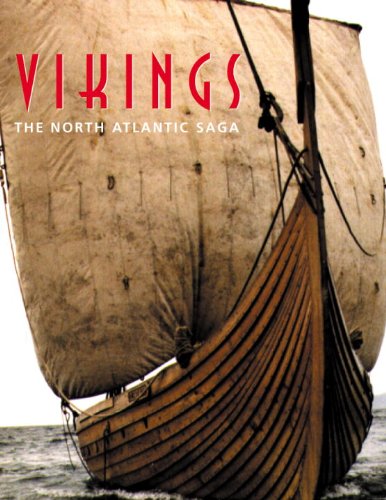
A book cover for Vikings: The North Atlantic Saga; History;